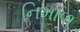
નિમાળ